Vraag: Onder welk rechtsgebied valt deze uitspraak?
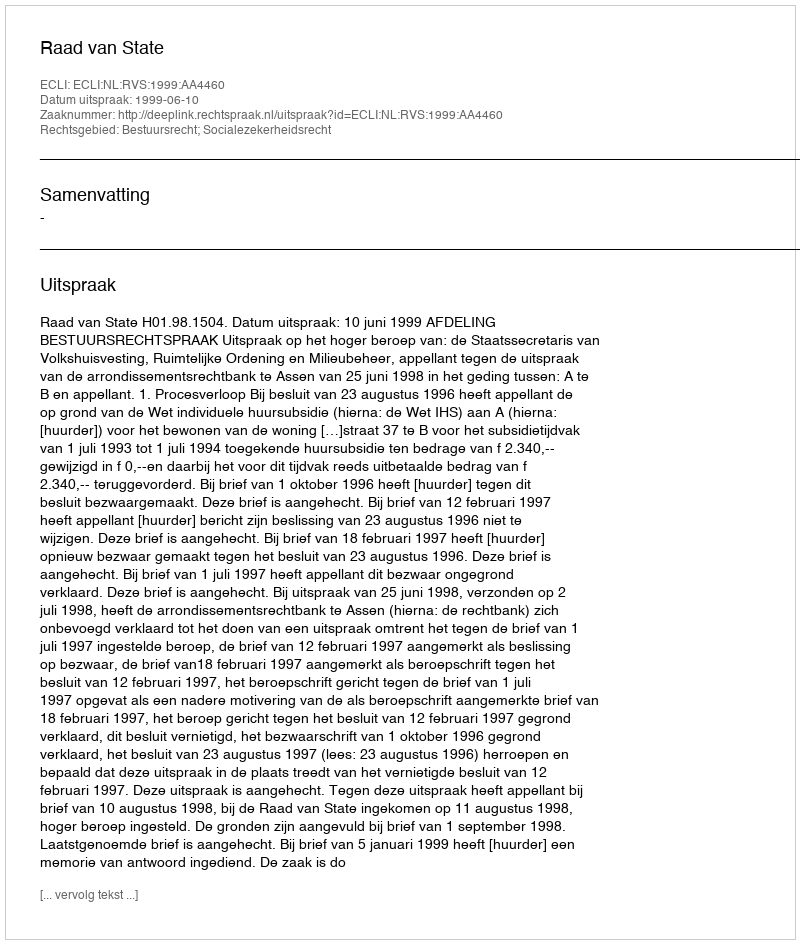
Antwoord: Bestuursrecht; Socialezekerheidsrecht